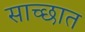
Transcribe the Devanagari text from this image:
साच्छात